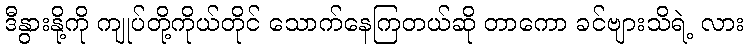
ဒီနွားနို့ကို ကျုပ်တို့ကိုယ်တိုင် သောက်နေကြတယ်ဆို တာကော ခင်ဗျားသိရဲ့ လား